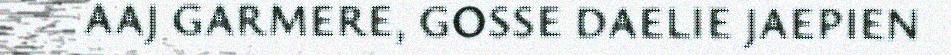
AAJ GARMERE, GOSSE DAELIE JAEPIEN